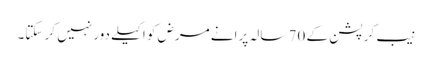
نیب کرپشن کے 70 سالہ پرانے مرض کو اکیلے دور نہیں کر سکتا۔